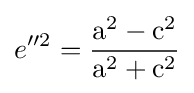
e''^{2}={\frac {\mathrm {a} ^{2}-\mathrm {c} ^{2}}{\mathrm {a} ^{2}+\mathrm {c} ^{2}}}